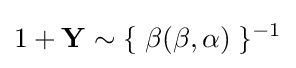
1+\mathbf {Y} \sim \{\;\beta (\beta ,\alpha )\;\}^{-1}